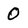
Character: 0